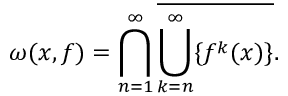
\omega ( x , f ) = \bigcap _ { n = 1 } ^ { \infty } { \overline { { \bigcup _ { k = n } ^ { \infty } \{ f ^ { k } ( x ) \} } } } .